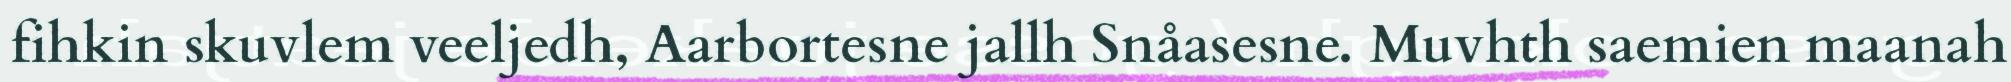
fihkin skuvlem veeljedh, Aarbortesne jallh Snåasesne. Muvhth saemien maanah